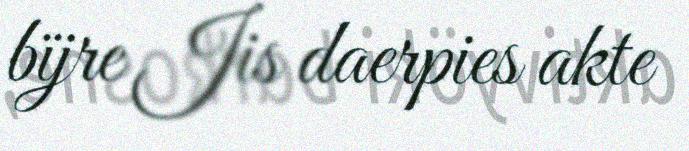
bïjre Jis daerpies akte